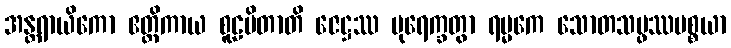
အန္တရာယိကော ဧတ္တိကာယ စူဠပိတာတိ ဇေဋ္ဌဿ ပုရေက္ခတွာ ရမ္မကေ သောတသမ္ဖဿပစ္စယာ